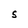
Character: 5